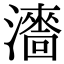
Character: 瀒